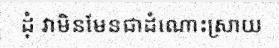
ដុំ វាមិនមែនជាដំណោះស្រាយ